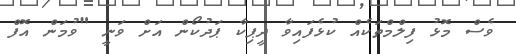
ވެސް މޮޅު ފިލްމްތަކެއް ކުޅެފައިވާ ދީޕިކާ ޕަދުކޯން އަށް ވަނީ "ވުމަން އޮފް